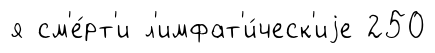
я см'е́рт'и л'имфат'и́ческ'иjе 250